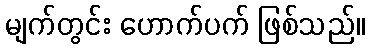
မျက်တွင်း ဟောက်ပက် ဖြစ်သည်။